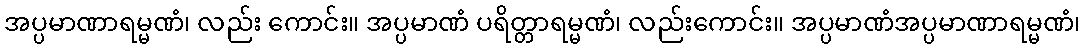
အပ္ပမာဏာရမ္မဏံ၊ လည်း ကောင်း။ အပ္ပမာဏံ ပရိတ္တာရမ္မဏံ၊ လည်းကောင်း။ အပ္ပမာဏံအပ္ပမာဏာရမ္မဏံ၊